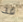
قد